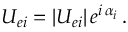
U _ { e i } = | U _ { e i } | \, e ^ { i \, \alpha _ { i } } \, .